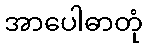
အာပေါဓာတုံ